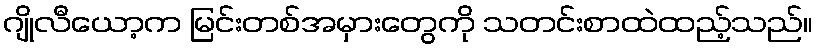
ဂျိုလီယော့က မြင်းတစ်အမှားတွေကို သတင်းစာထဲထည့်သည်။